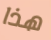
هذا